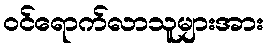
ဝင်ရောက်လာသူများအား